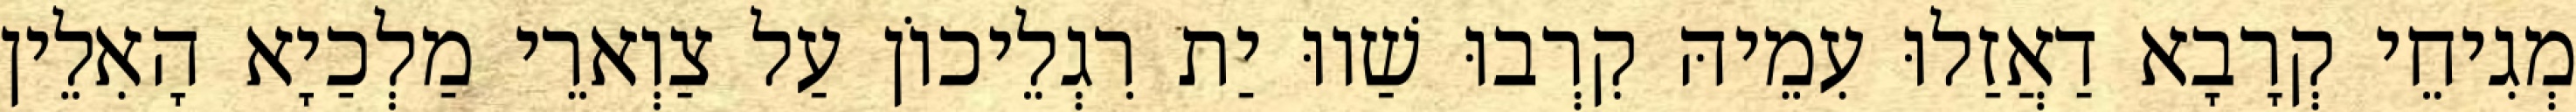
מְגִיחֵי קְרָבָא דַאֲזַלוּ עִמֵיהּ קִרְבוּ שַׁווּ יַת רִגְלֵיכוֹן עַל צַוְארֵי מַלְכַיָא הָאִלֵין